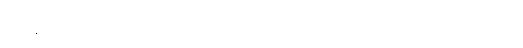
အခွန်စည်းကြပ်မှုတွေ ထပ်တိုးလုပ်ဆောင်သွားမယ်လို့ သတိပေးထားပါတယ်။